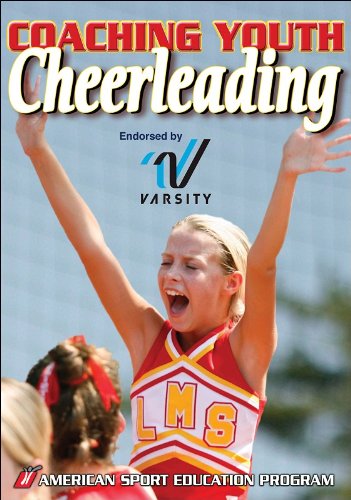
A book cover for Coaching Youth Cheerleading (Coaching Youth Sports Series); American Sport Education Program; Sports & Outdoors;